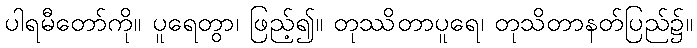
ပါရမီတော်ကို။ ပူရေတွာ၊ ဖြည့်၍။ တုဿိတာပူရေ၊ တုသိတာနတ်ပြည်၌။